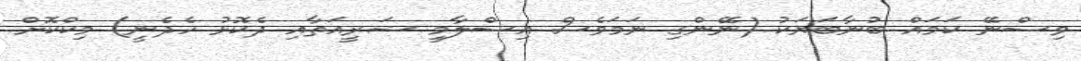
ވިސްނޭ ކަމައް ބުނާބަޔަކު (ނޭންގި ނަމަވެސް އިސްލާމީ ޝަރީއަތާއި ދެކޮޅު ހެދެނީ) މިކްކޮށް